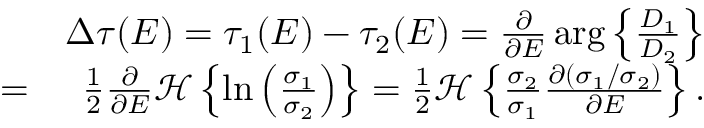
\begin{array} { r l r } & { } & { \Delta \tau ( E ) = \tau _ { 1 } ( E ) - \tau _ { 2 } ( E ) = \frac { \partial } { \partial E } \arg \left\{ \frac { D _ { 1 } } { D _ { 2 } } \right\} } \\ & { = } & { \frac { 1 } { 2 } \frac { \partial } { \partial E } \mathcal { H } \left\{ \ln \left( \frac { \sigma _ { 1 } } { \sigma _ { 2 } } \right) \right\} = \frac { 1 } { 2 } \mathcal { H } \left\{ \frac { \sigma _ { 2 } } { \sigma _ { 1 } } \frac { \partial ( \sigma _ { 1 } / \sigma _ { 2 } ) } { \partial E } \right\} . } \end{array}